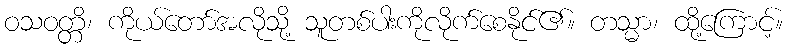
ဝသဝတ္တိ၊ ကိုယ်တော်အလိုသို့ သူတစ်ပါးကိုလိုက်စေနိုင်၏။ တသ္မာ၊ ထို့ကြောင့်။